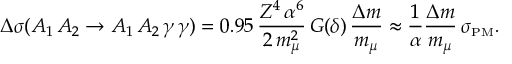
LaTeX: \Delta \sigma ( A _ { 1 } \, A _ { 2 } \to A _ { 1 } \, A _ { 2 } \, \gamma \, \gamma ) = 0 . 9 5 \, { \frac { Z ^ { 4 } \, \alpha ^ { 6 } } { 2 \, m _ { \mu } ^ { 2 } } } \, G ( \delta ) \, { \frac { \Delta m } { m _ { \mu } } } \approx { \frac { 1 } { \alpha } } { \frac { \Delta m } { m _ { \mu } } } \, \sigma _ { \mathrm { { \scriptscriptstyle P M } } } .